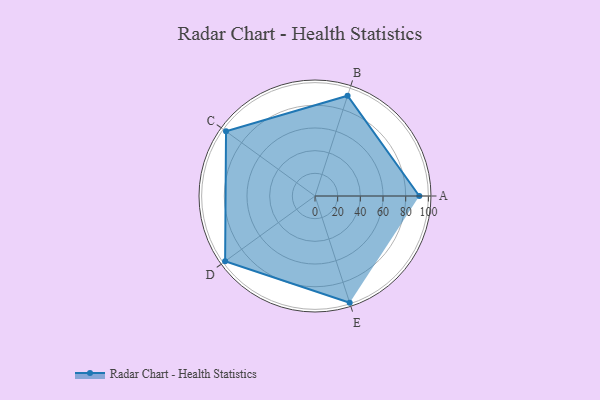
{"axis": {"x": "Skill", "y": "Score"}, "legend": ["Profile"], "data": [{"x": "A", "y": 92.0, "type": "Profile"}, {"x": "B", "y": 93.0, "type": "Profile"}, {"x": "C", "y": 97.0, "type": "Profile"}, {"x": "D", "y": 98.0, "type": "Profile"}, {"x": "E", "y": 99.0, "type": "Profile"}]}